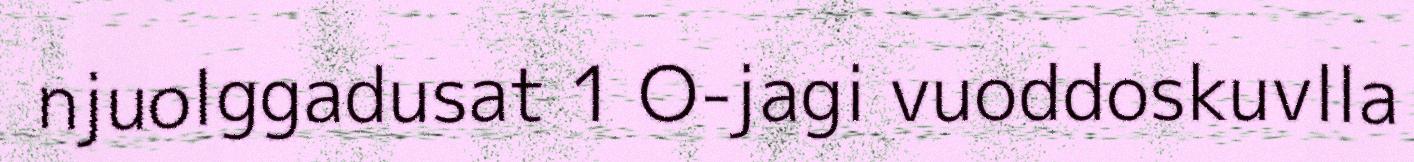
njuolggadusat 1 O-jagi vuoddoskuvlla